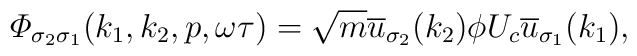
{\mit \Phi}_{\sigma_2\sigma_1}(k_1,k_2,p,\omega\tau)=\sqrt{m}\overline{u}_{\sigma_2}(k_2)\phi U_c \overline{u}_{\sigma_1}(k_1),